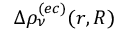
\Delta \rho _ { \nu } ^ { ( e c ) } ( r , R )